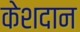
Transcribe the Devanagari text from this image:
केशदान